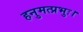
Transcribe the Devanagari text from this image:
हनुमत्प्रभुः।